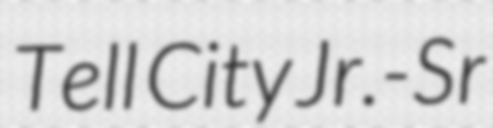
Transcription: Tell City Jr.-Sr